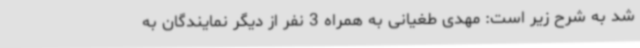
شد به شرح زیر است: مهدی طغیانی به همراه 3 نفر از دیگر نمایندگان به